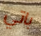
باتي